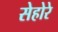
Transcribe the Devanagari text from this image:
सेहोरे